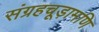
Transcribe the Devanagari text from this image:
संग्रहचूड़ामणि